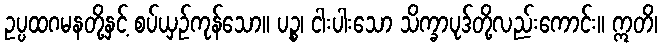
ဥပ္ပထဂမနတို့နှင့် စပ်ယှဉ်ကုန်သော။ ပဉ္စ၊ ငါးပါးသော သိက္ခာပုဒ်တို့လည်းကောင်း။ ဣတိ၊